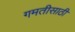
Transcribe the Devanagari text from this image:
गमतीसाठी